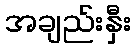
အချည်းနှီး